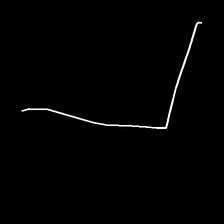
Glyph: region